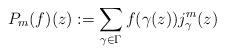
LaTeX: \begin{align*}P_m(f)(z):=\sum_{\gamma\in\Gamma} f(\gamma(z))j^m_\gamma(z)\end{align*}